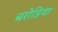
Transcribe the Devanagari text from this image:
बरोडिया